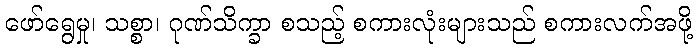
ဖော်ရွေမှု၊ သစ္စာ၊ ဂုဏ်သိက္ခာ စသည့် စကားလုံးများသည် စကားလက်အဖို့